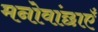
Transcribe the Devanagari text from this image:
मनोवांछाएँ